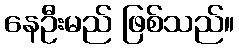
နေဦးမည် ဖြစ်သည်။